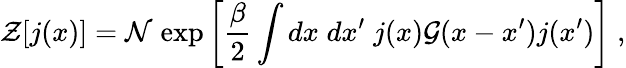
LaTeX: {\cal Z}[j(x)]={\cal N}\; \mathrm{exp}\left[{\frac{\beta}{2}}\int dx\; dx^{\prime}\; j(x){\cal G}(x-x^{\prime})j(x^{\prime})\right]\; ,